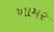
ખામર